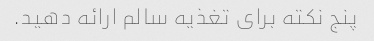
پنج نکته برای تغذیه سالم ارائه دهید.